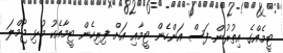
ޓީމެއްގެ އިތުރުން ފަސް އަންހެން ޓީމާއި އަށް ފިރިހެން ޓީމާއެކު މުޅި ޖުމްލަ